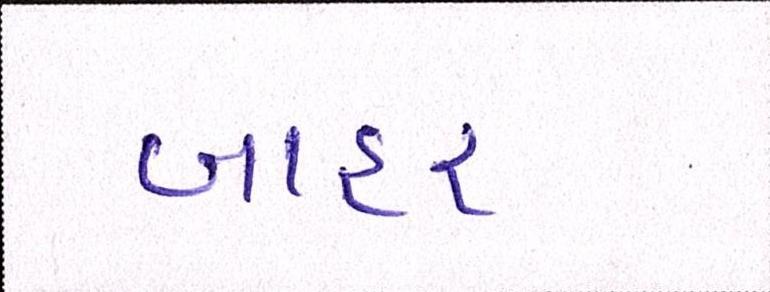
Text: બાહર